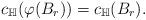
LaTeX: \begin{align*}c_{\mathbb{H}}(\varphi(B_r)) = c_{\mathbb{H}}(B_r).\end{align*}